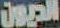
الديون